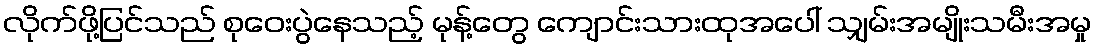
လိုက်ဖို့ပြင်သည် စုဝေးပွဲနေသည့် မုန့်တွေ ကျောင်းသားထုအပေါ် သျှမ်းအမျိုးသမီးအမှု